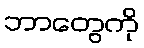
ဘာတွေကို